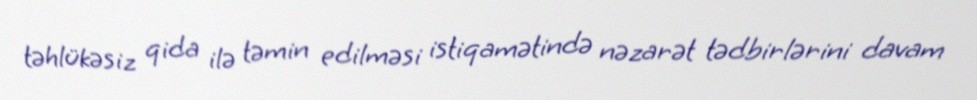
təhlükəsiz qida ilə təmin edilməsi istiqamətində nəzarət tədbirlərini davam